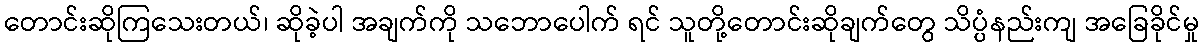
တောင်းဆိုကြသေးတယ်၊ ဆိုခဲ့ပါ အချက်ကို သဘောပေါက် ရင် သူတို့တောင်းဆိုချက်တွေ သိပ္ပံနည်းကျ အခြေခိုင်မှု